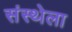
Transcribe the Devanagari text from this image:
संस्‍थ्‍ोला